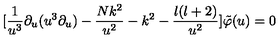
[ \frac { 1 } { u ^ { 3 } } \partial _ { u } ( u ^ { 3 } \partial _ { u } ) - \frac { N k ^ { 2 } } { u ^ { 2 } } - k ^ { 2 } - \frac { l ( l + 2 ) } { u ^ { 2 } } ] \tilde { \varphi } ( u ) = 0